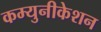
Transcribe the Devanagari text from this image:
कम्युनीकेशन